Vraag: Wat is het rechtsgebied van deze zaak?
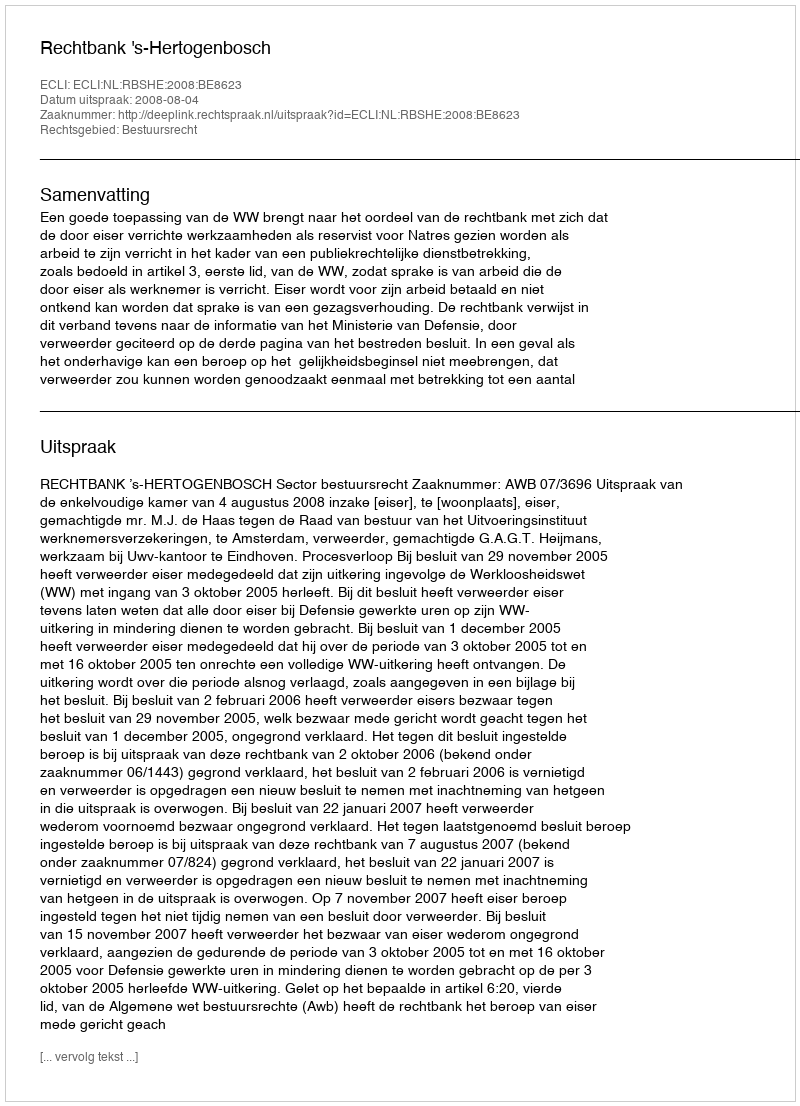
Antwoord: Bestuursrecht